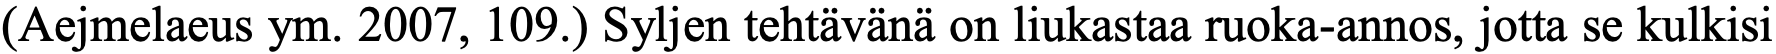
(Aejmelaeus ym. 2007, 109.) Syljen tehtävänä on liukastaa ruoka-annos, jotta se kulkisi